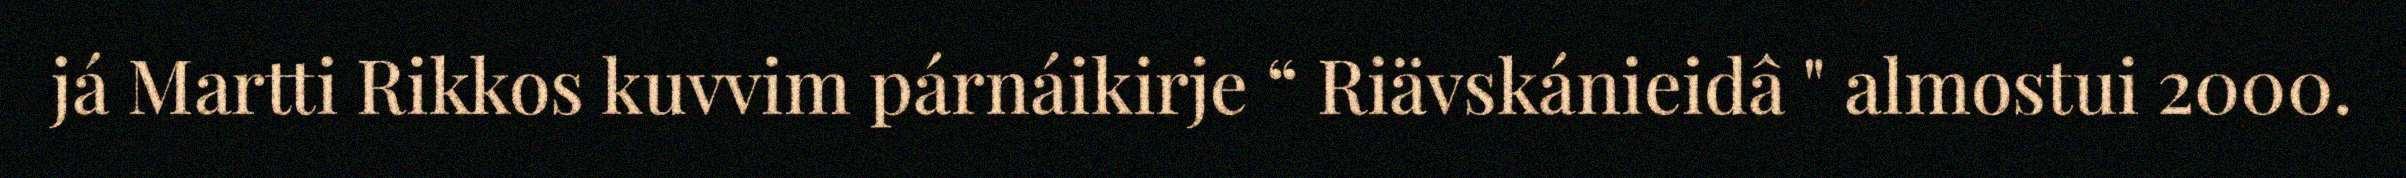
já Martti Rikkos kuvvim párnáikirje “ Riävskánieidâ " almostui 2000.